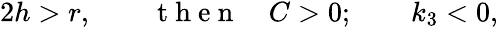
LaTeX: \begin{array}{r}{2h>r,\qquad\mathrm{~t~h~e~n~}\quad C>0;\qquad k_{3}<0,}\end{array}